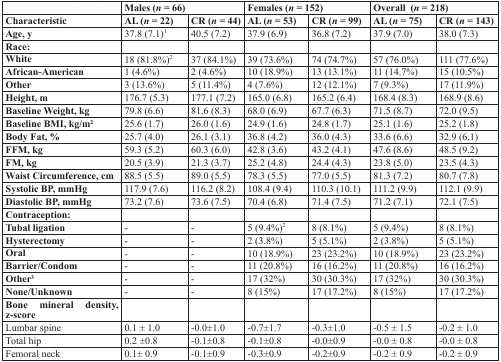
<table><thead><tr><td></td><td colspan="2"><b>Males (<i>n</i>= 66)</b></td><td colspan="2"><b>Females (<i>n</i>= 152)</b></td><td colspan="2"><b>Overall (<i>n</i> = 218)</b></td></tr><tr><td><b>Characteristic</b></td><td><b>AL (<i>n</i> = 22)</b></td><td><b>CR (<i>n</i> = 44)</b></td><td><b>AL (<i>n</i> = 53)</b></td><td><b>CR (<i>n</i> = 99)</b></td><td><b>AL (<i>n</i> = 75)</b></td><td><b>CR (<i>n</i> = 143)</b></td></tr></thead><tbody><tr><td><b>Age, y</b></td><td>37.8 (7.1)<sup>1</sup></td><td>40.5 (7.2)</td><td>37.9 (6.9)</td><td>36.8 (7.2)</td><td>37.9 (7.0)</td><td>38.0 (7.3)</td></tr><tr><td><b>Race:</b></td><td></td><td></td><td></td><td></td><td></td><td></td></tr><tr><td><b>White</b></td><td>18 (81.8%)<sup>2</sup></td><td>37 (84.1%)</td><td>39 (73.6%)</td><td>74 (74.7%)</td><td>57 (76.0%)</td><td>111 (77.6%)</td></tr><tr><td><b>African-American</b></td><td>1 (4.6%)</td><td>2 (4.6%)</td><td>10 (18.9%)</td><td>13 (13.1%)</td><td>11 (14.7%)</td><td>15 (10.5%)</td></tr><tr><td><b>Other</b></td><td>3 (13.6%)</td><td>5 (11.4%)</td><td>4 (7.6%)</td><td>12 (12.1%)</td><td>7 (9.3%)</td><td>17 (11.9%)</td></tr><tr><td><b>Height, m</b></td><td>176.7 (5.3)</td><td>177.1 (7.2)</td><td>165.0 (6.8)</td><td>165.2 (6.4)</td><td>168.4 (8.3)</td><td>168.9 (8.6)</td></tr><tr><td><b>Baseline Weight, kg</b></td><td>79.8 (6.6)</td><td>81.6 (8.3)</td><td>68.0 (6.9)</td><td>67.7 (6.3)</td><td>71.5 (8.7)</td><td>72.0 (9.5)</td></tr><tr><td><b>Baseline BMI, kg/m<sup>2</sup></b></td><td>25.6 (1.7)</td><td>26.0 (1.6)</td><td>24.9 (1.6)</td><td>24.8 (1.7)</td><td>25.1 (1.6)</td><td>25.2 (1.8)</td></tr><tr><td><b>Body Fat, %</b></td><td>25.7 (4.0)</td><td>26.1 (3.1)</td><td>36.8 (4.2)</td><td>36.0 (4.3)</td><td>33.6 (6.6)</td><td>32.9 (6.1)</td></tr><tr><td><b>FFM, kg</b></td><td>59.3 (5.2)</td><td>60.3 (6.0)</td><td>42.8 (3.6)</td><td>43.2 (4.1)</td><td>47.6 (8.6)</td><td>48.5 (9.2)</td></tr><tr><td><b>FM, kg</b></td><td>20.5 (3.9)</td><td>21.3 (3.7)</td><td>25.2 (4.8)</td><td>24.4 (4.3)</td><td>23.8 (5.0)</td><td>23.5 (4.3)</td></tr><tr><td><b>Waist Circumference, cm</b></td><td>88.5 (5.5)</td><td>89.0 (5.5)</td><td>78.3 (5.5)</td><td>77.0 (5.5)</td><td>81.3 (7.2)</td><td>80.7 (7.8)</td></tr><tr><td><b>Systolic BP, mmHg</b></td><td>117.9 (7.6)</td><td>116.2 (8.2)</td><td>108.4 (9.4)</td><td>110.3 (10.1)</td><td>111.2 (9.9)</td><td>112.1 (9.9)</td></tr><tr><td><b>Diastolic BP, mmHg</b></td><td>73.2 (7.6)</td><td>73.6 (7.5)</td><td>70.4 (6.8)</td><td>71.4 (7.5)</td><td>71.2 (7.1)</td><td>72.1 (7.5)</td></tr><tr><td><b>Contraception:</b></td><td></td><td></td><td></td><td></td><td></td><td></td></tr><tr><td><b>Tubal ligation</b></td><td>-</td><td>-</td><td>5 (9.4%)<sup>2</sup></td><td>8 (8.1%)</td><td>5 (9.4%)</td><td>8 (8.1%)</td></tr><tr><td><b>Hysterectomy</b></td><td>-</td><td>-</td><td>2 (3.8%)</td><td>5 (5.1%)</td><td>2 (3.8%)</td><td>5 (5.1%)</td></tr><tr><td><b>Oral</b></td><td>-</td><td>-</td><td>10 (18.9%)</td><td>23 (23.2%)</td><td>10 (18.9%)</td><td>23 (23.2%)</td></tr><tr><td><b>Barrier/Condom</b></td><td>-</td><td>-</td><td>11 (20.8%)</td><td>16 (16.2%)</td><td>11 (20.8%)</td><td>16 (16.2%)</td></tr><tr><td><b>Other</b><sup>3</sup></td><td>-</td><td>-</td><td>17 (32%)</td><td>30 (30.3%)</td><td>17 (32%)</td><td>30 (30.3%)</td></tr><tr><td><b>None/Unknown</b></td><td>-</td><td>-</td><td>8 (15%)</td><td>17 (17.2%)</td><td>8 (15%)</td><td>17 (17.2%)</td></tr><tr><td><b>Bone mineral density, z-score</b></td><td></td><td></td><td></td><td></td><td></td><td></td></tr><tr><td>Lumbar spine</td><td>0.1 ± 1.0</td><td>−0.0±1.0</td><td>−0.7±1.7</td><td>−0.3±1.0</td><td>−0.5 ± 1.5</td><td>−0.2 ± 1.0</td></tr><tr><td>Total hip</td><td>0.2 ±0.8</td><td>−0.1±0.8</td><td>−0.1±0.8</td><td>−0.0±0.9</td><td>−0.0 ± 0.8</td><td>−0.0 ± 0.8</td></tr><tr><td>Femoral neck</td><td>0.1± 0.9</td><td>−0.1±0.9</td><td>−0.3±0.9</td><td>−0.2±0.9</td><td>−0.2 ± 0.9</td><td>−0.2 ± 0.9</td></tr></tbody></table>